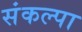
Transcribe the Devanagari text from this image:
संकल्पा